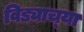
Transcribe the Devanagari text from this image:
विड्याच्‍या